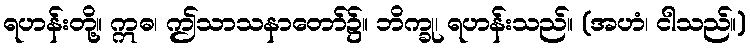
ရဟန်းတို့။ ဣဓ၊ ဤသာသနာတော်၌။ ဘိက္ခု၊ ရဟန်းသည်။ (အဟံ၊ ငါသည်။)